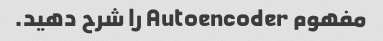
مفهوم Autoencoder را شرح دهید.